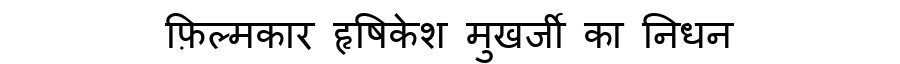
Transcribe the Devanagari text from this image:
फ़िल्मकार हृषिकेश मुखर्जी का निधन